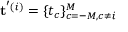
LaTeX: \mathbf { t } ^ { ' ( i ) } = \{ t _ { c } \} _ { c = - M , c \neq i } ^ { M }